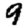
Digit: 9